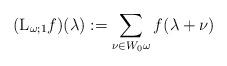
LaTeX: \begin{align*}(\mathrm L_{\omega;1}f)(\lambda):=\sum_{\nu\in W_0\omega} f(\lambda+\nu)\end{align*}